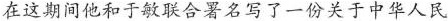
在这期间他和于敏联合署名写了一份关于中华人民